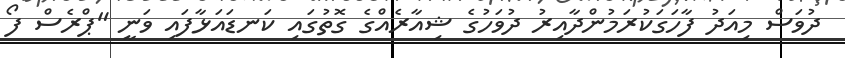
ދުވަސް މިއަދު ފާހަގަކުރަމުންދާއިރު ދުވަހުގެ ޝިއާރެއްގެ ގޮތުގައި ކަނޑައަޅާފައި ވަނީ "ޕްރެސް ފޯ